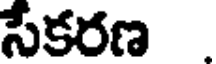
సేకరణ